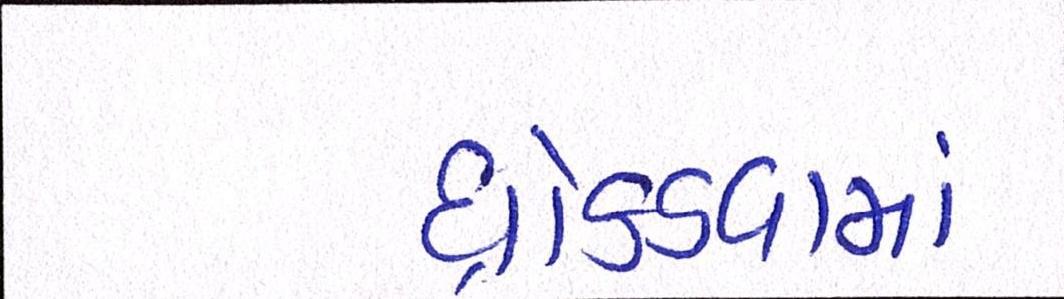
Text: ધ્રોકડવામાં